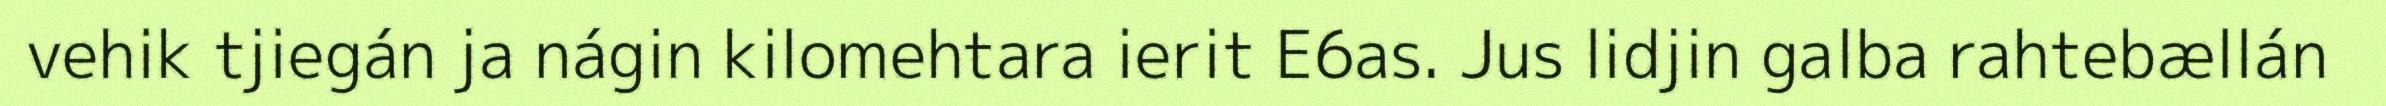
vehik tjiegán ja nágin kilomehtara ierit E6as. Jus lidjin galba rahtebællán